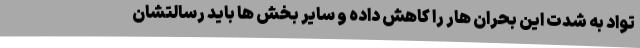
تواد به شدت این بحران هار را کاهش داده و سایر بخش ها باید رسالتشان